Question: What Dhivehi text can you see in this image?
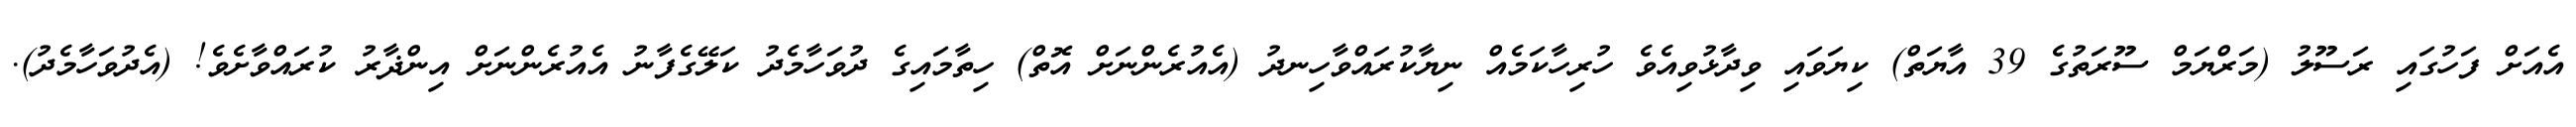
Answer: އެއަށް ފަހުގައި ރަސޫލު (މަރްޔަމް ސޫރަތުގެ 39 އާޔަތް) ކިޔަވައި ވިދާޅުވިއެވެ ހުރިހާކަމެއް ނިޔާކުރައްވާހިނދު (އެއުރެންނަށް އޮތް) ހިތާމައިގެ ދުވަހާމެދު ކަލޭގެފާނު އެއުރެންނަށް އިންޛާރު ކުރައްވާށެވެ! (އެދުވަހާމެދު).